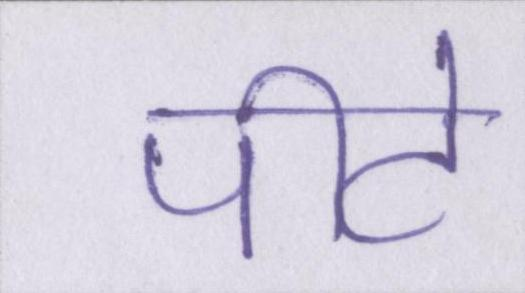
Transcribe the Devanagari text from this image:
पीटे